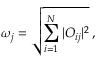
\omega _ { j } = \sqrt { \sum _ { i = 1 } ^ { N } | O _ { i j } | ^ { 2 } } \, ,